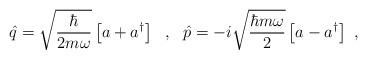
LaTeX: \begin{align*}\hat{q}=\sqrt{\frac{\hbar}{2m\omega}}\left[a+a^\dagger\right]\ \ ,\ \ \hat{p}=-i\sqrt{\frac{\hbar m\omega}{2}}\left[a-a^\dagger\right]\ ,\end{align*}